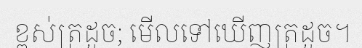
ខ្ពស់ត្រដួច; មើលទៅឃើញត្រដួច។